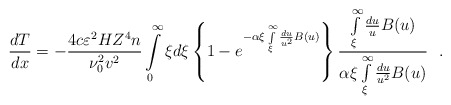
\begin{align*}\frac{dT}{dx} = - \frac{4c\varepsilon ^2HZ^4n}{\nu _0 ^2v ^2}\int\limits_0^\infty \xi d\xi \left\{ 1 - e^{ - \alpha \xi \int\limits_{\xi }^\infty \frac{du}{u^2} B( u )} \right\} \frac{\int\limits_\xi ^\infty \frac{du}{u} B( u )}{\alpha \xi \int\limits_\xi ^\infty \frac{du}{u^2} B( u )} ~~.\end{align*}